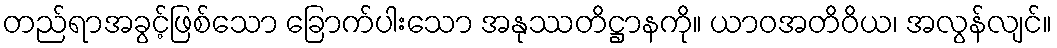
တည်ရာအခွင့်ဖြစ်သော ခြောက်ပါးသော အနုဿတိဋ္ဌာနကို။ ယာဝအတိဝိယ၊ အလွန်လျင်။